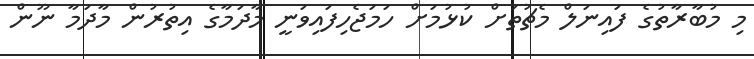
މި މުބާރާތުގެ ފައިނަލް މެޗުތަށް ކުޅުމަށް ހަމަޖެހިފައިވަނީ މާދަމާގެ އިތުރުން މާދަމާ ނޫން